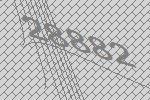
28882